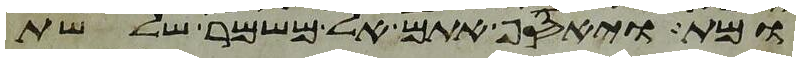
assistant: ומת ויאסף אתם אל משמר שלשת